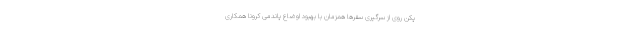
پکن روی از سرگیری سفرها همزمان با بهبود اوضاع پاندمی کرونا همکاری